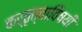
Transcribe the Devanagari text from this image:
कर्तृत्वाविषयी